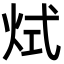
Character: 烒